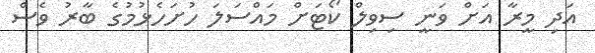
އަދި މީރާ އަށް ވަނީ ސިވިލް ކޯޓަށް މައްސަލަ ހުށަހެޅުމުގެ ބާރު ވެސް